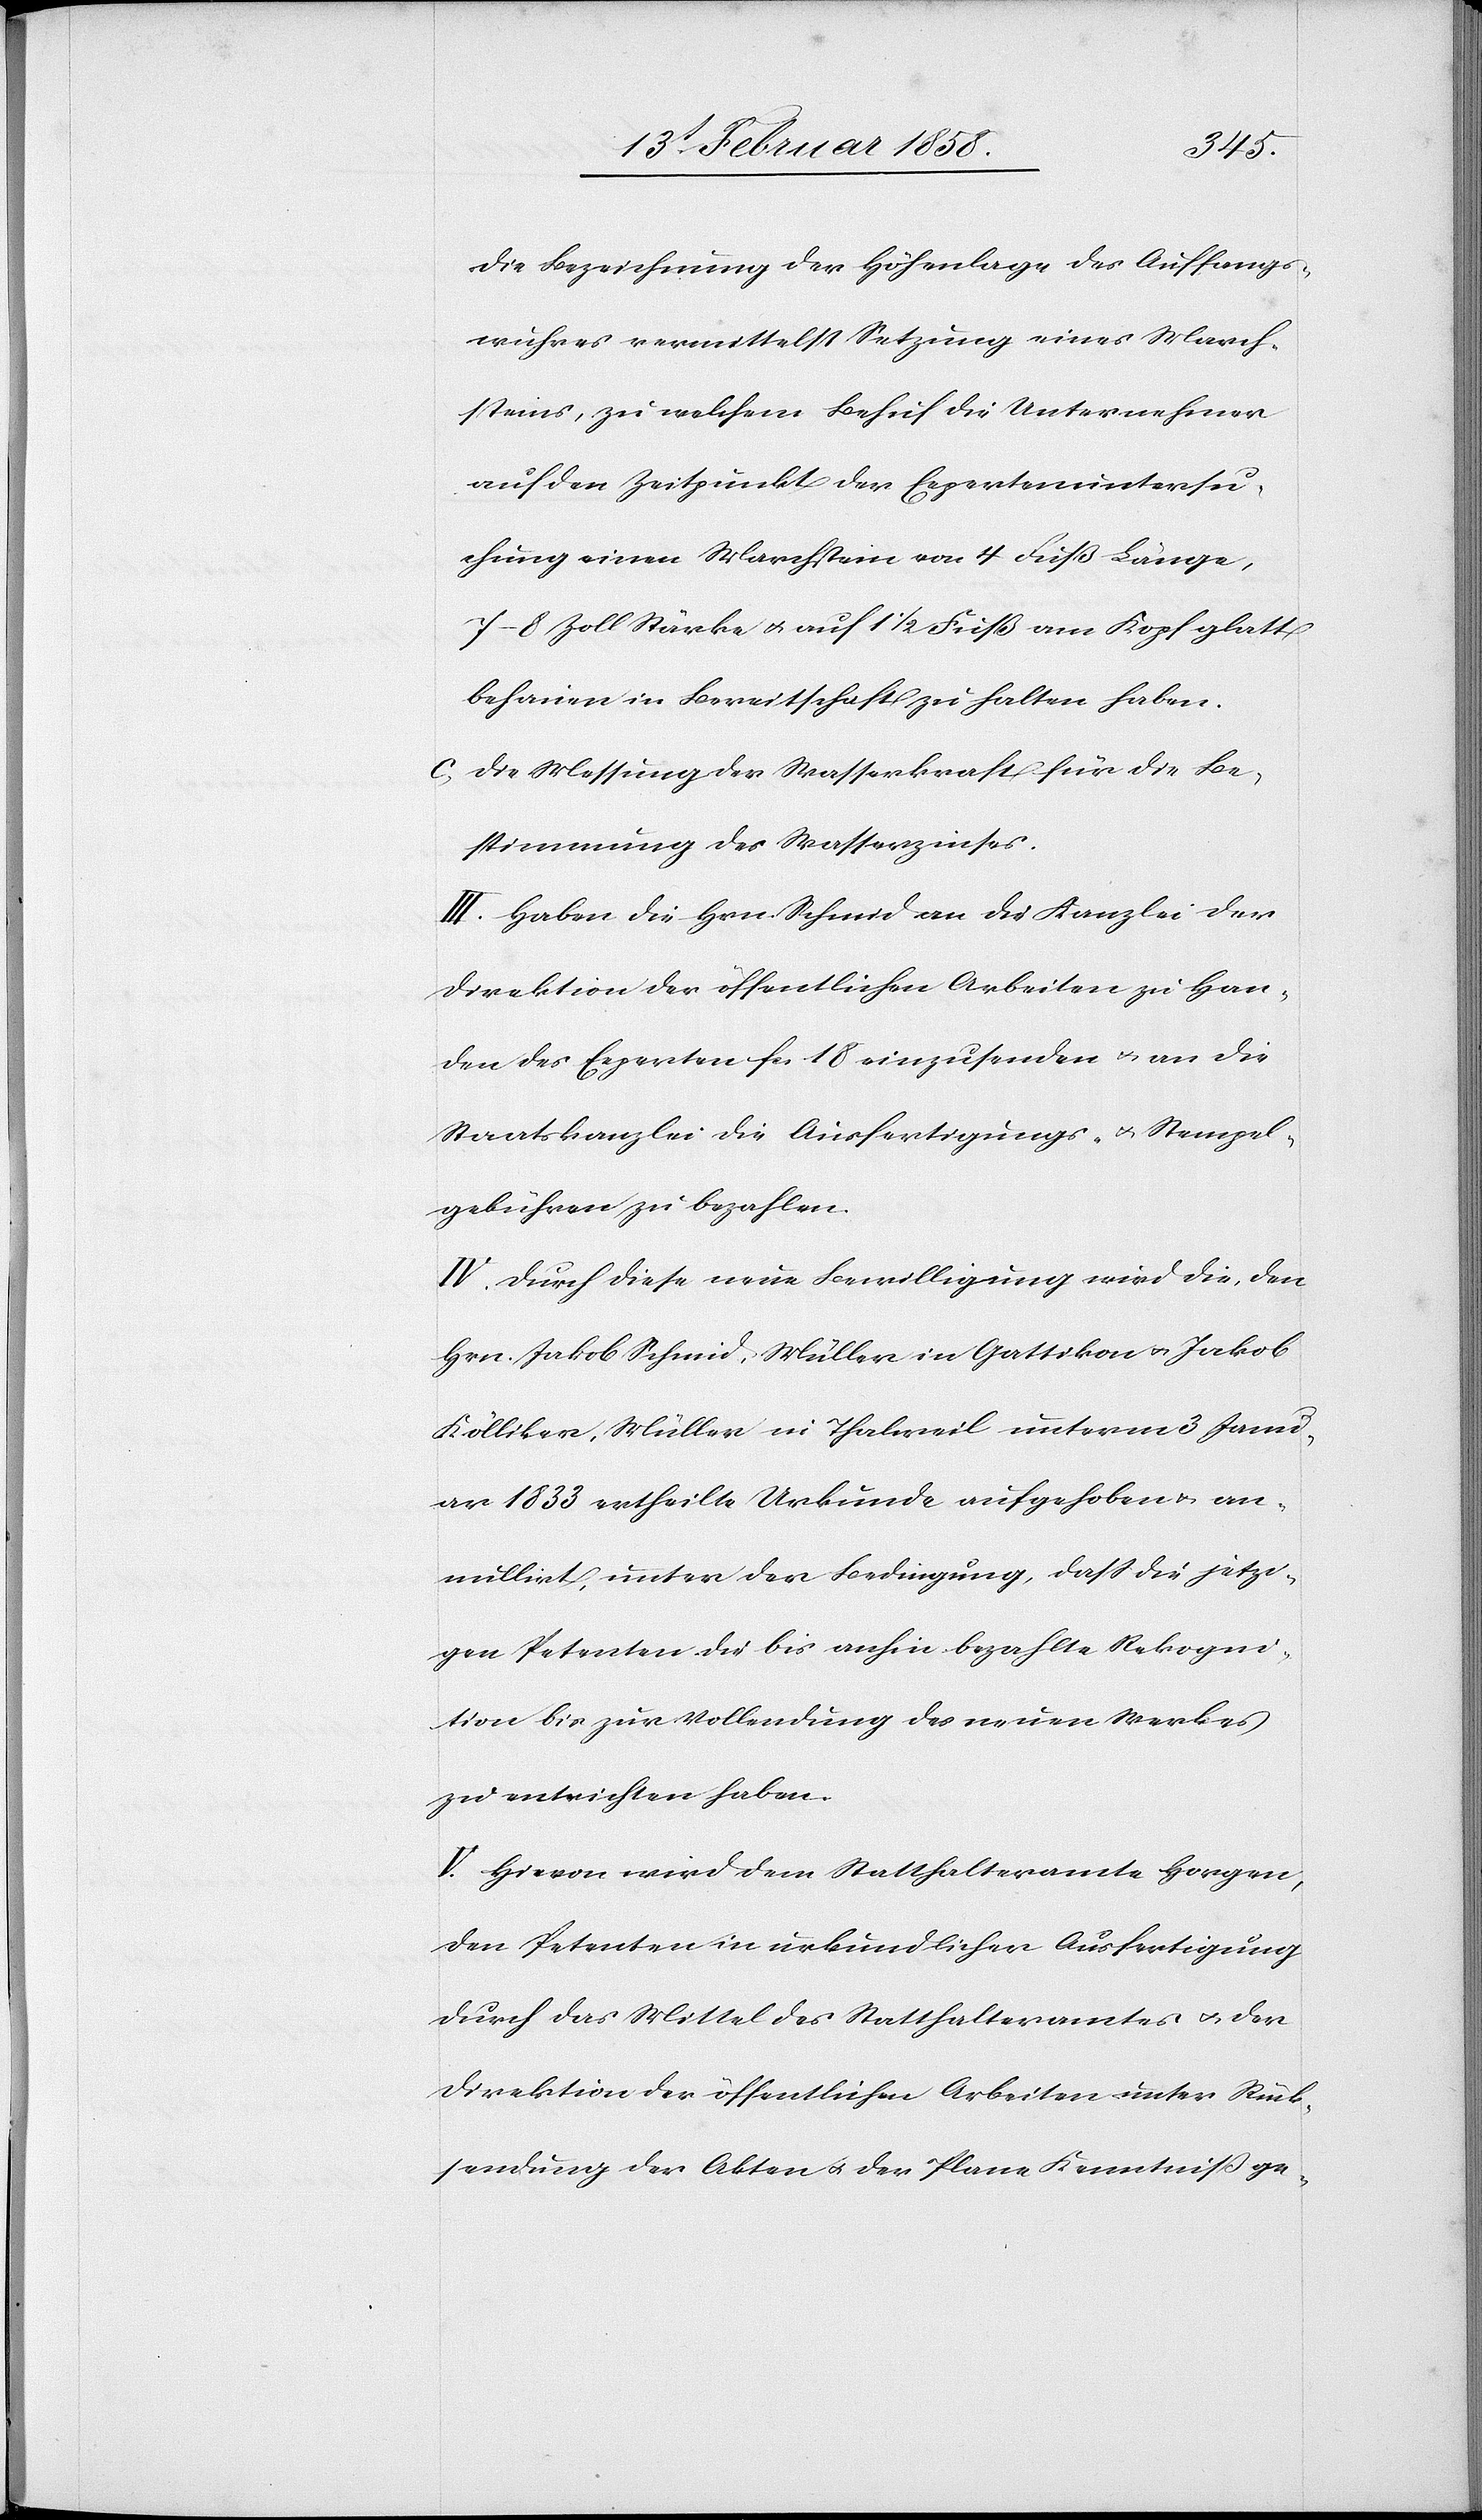
die Bezeichnung der Höhenlage des Auffangs¬
wuhres vermittelst Setzung eines March¬
steins, zu welchem Behuf die Unternehmer
auf den Zeitpunkt der Expertenuntersu¬
chung einen Marchstein von 4 Fuß Länge,
7–8 Zoll Stärke u. auf 1 ½ Fuß am Kopf glatt
behauen in Bereitschaft zu halten haben.
c. Die Messung der Wasserkraft für die Be¬
stimmung des Wasserzinses.
III. Haben die Hrn. Schmid an die Kanzlei der
Direktion der öffentlichen Arbeiten zu Han¬
den des Experten fcs. 18 einzusenden u. an die
Staatskanzlei die Ausfertigungs- u. Stempel¬
gebühren zu bezahlen.
IV. Durch diese neue Bewilligung wird die, den
Hrn. Jakob Schmid, Müller in Gattikon u. Jakob
Kölliker, Müller in Thalweil unterm 3 Janu¬
ar 1833 ertheilte Urkunde aufgehoben u. an¬
nullirt; unter der Bedingung, daß die jetzi¬
gen Petenten die bis anhin bezahlte Rekogni¬
tion bis zur Vollendung des neuen Werkes
zu entrichten haben.
V. Hievon wird dem Statthalteramte Horgen,
den Petenten in urkundlicher Ausfertigung
durch das Mittel des Statthalteramtes u. der
Direktion der öffentlichen Arbeiten unter Rück¬
sendung der Akten u. der Plane Kenntniß ge-